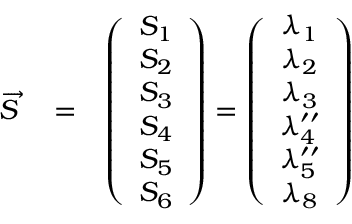
\begin{array} { r l r } { \overrightarrow { S } } & { { } = } & { \left( \begin{array} { c } { S _ { 1 } } \\ { S _ { 2 } } \\ { S _ { 3 } } \\ { S _ { 4 } } \\ { S _ { 5 } } \\ { S _ { 6 } } \end{array} \right) = \left( \begin{array} { c } { \lambda _ { 1 } } \\ { \lambda _ { 2 } } \\ { \lambda _ { 3 } } \\ { \lambda _ { 4 } ^ { \prime \prime } } \\ { \lambda _ { 5 } ^ { \prime \prime } } \\ { \lambda _ { 8 } } \end{array} \right) } \end{array}